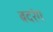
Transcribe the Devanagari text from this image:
बदरंग